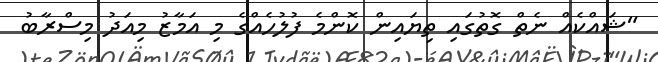
"ޝައްކެއް ނެތް ގޮތުގައި ތިޔައިން ކޮންމެ ފުލުހެއްގެ މި އަމާޒު މިއަދު މިސްރާބު